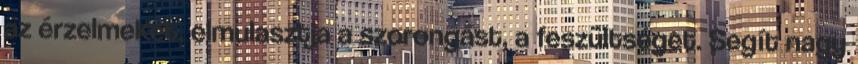
az érzelmeket, elmulasztja a szorongást, a feszültséget. Segít nagy